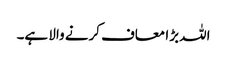
اللہ بڑا معاف کرنے والا ہے۔